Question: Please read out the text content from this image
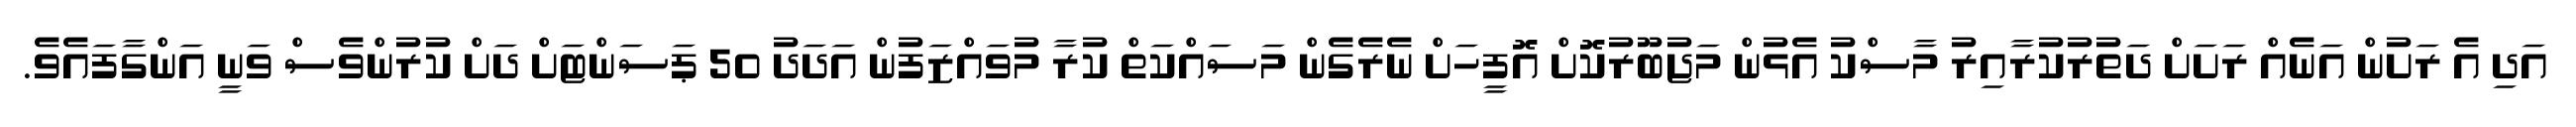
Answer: އަދި އެ ރަށުން އަނެއް ރަށަށް ދަތުރުކުރާއިރު މާސްކު އެޅުން މަޖުބޫރުކޮށް އޮފީހަށް ނެރެގެން މަސައްކަތް ކުރާ މުވައްޒަފުން އަދަދު 50 ޕަސަންޓަށް ދަށް ކުރުންވެސް ވަނީ އަންގާފައެވެ.